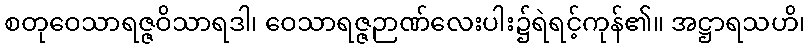
စတုဝေသာရဇ္ဇဝိသာရဒါ၊ ဝေသာရဇ္ဇဉာဏ်လေးပါး၌ရဲရင့်ကုန်၏။ အဋ္ဌာရသဟိ၊